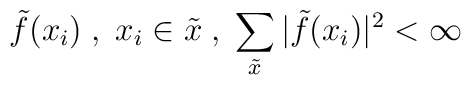
\tilde{f}(x_i)\;,\;x_i\in\tilde{x}\;,\;\sum_{\tilde{x}}|\tilde{f}(x_i)|^2<\infty